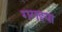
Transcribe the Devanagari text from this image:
गगइया